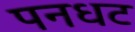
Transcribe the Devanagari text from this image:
पनधट